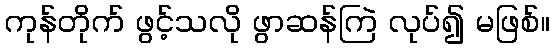
ကုန်တိုက် ဖွင့်သလို ဖွာဆန်ကြဲ လုပ်၍ မဖြစ်။